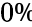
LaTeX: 0\mathrm{\textperthousand}